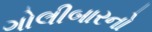
ગોલીબારનો